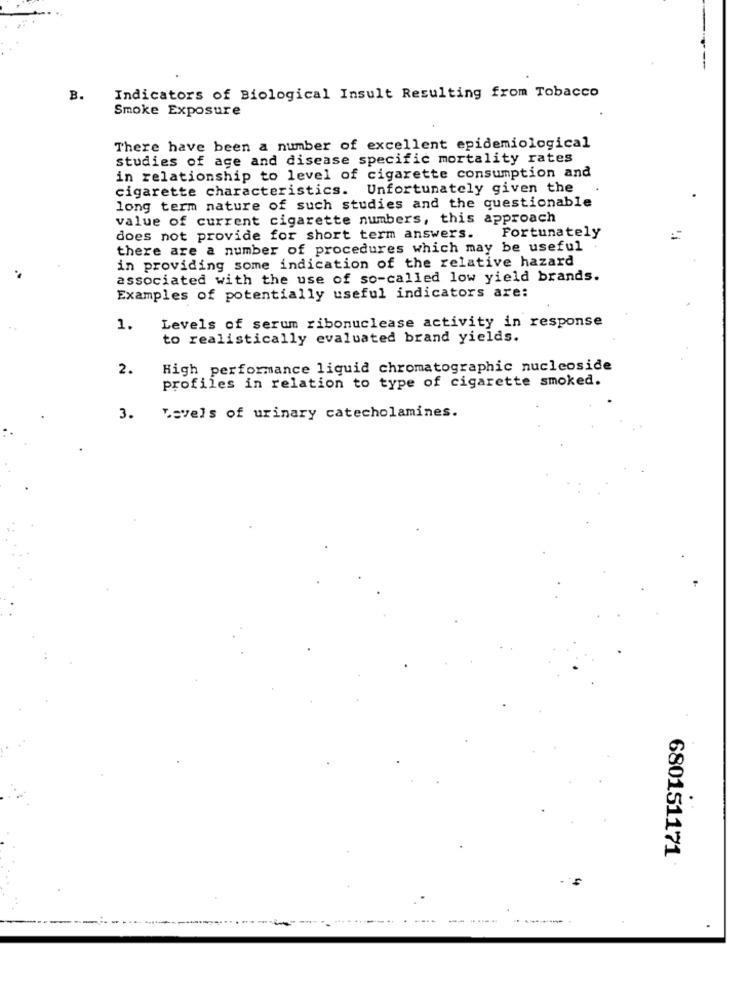
B.
Indicators of Biological Insult Resulting from Tobacco
Smoke Exposure
There have been a number of excellent epidemiological
studies of age and disease specific mortality rates
in relationship to level of cigarette consumption and
cigarette characteristics. Unfortunately given the
long term nature of such studies and the questionable
value of current cigarette numbers, this approach
does not provide for short term answers.
Fortunately
there are a number of procedures which may be useful
in providing some indication of the relative hazard
associated with the use of so-called low yield brands.
Examples of potentially useful indicators are:
Levels of serum ribonuclease activity in response
1.
to realistically evaluated brand yields.
2.
High performance liquid chromatographic nucleoside
profiles in relation to type of cigarette smoked.
3.
Levels of urinary catecholamines.
680151171